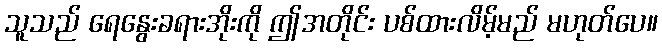
သူသည် ရေနွေးခရားအိုးကို ဤအတိုင်း ပစ်ထားလိမ့်မည် မဟုတ်ပေ။